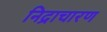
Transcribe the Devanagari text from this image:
निद्राचारण